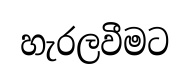
හැරලවීමට